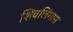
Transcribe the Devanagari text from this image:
शिवलिंगास